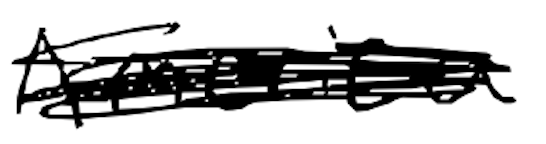
Text: America
Cross-out: scratch
Writing tool: digital_black